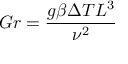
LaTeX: G r = { \frac { g \beta \Delta T L ^ { 3 } } { \nu ^ { 2 } } }